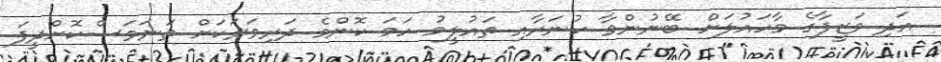
އަދި ވަޒީފާގެ މާހައުލަށް ބޭނުންވާ ހުނަރާއި ތައުލީމު ހަމަ ކޮންމެ ދަރިވަރަކަށް ތަނަވަސްކޮށްދީފަ